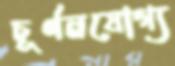
চূর্ণনযোগ্য